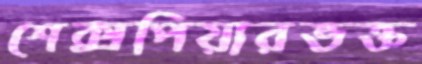
শেক্সপিয়ারভক্ত